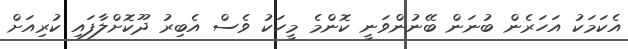
އެކަމަކު އަހަރެން ބުނަން ބޭނުންވަނީ ކޮންމެ މީހަކު ވެސް އެބިރު ދޫކޮށްލާފައި ކުރިއަށް